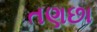
તણછા